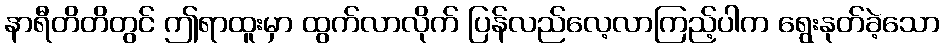
နာရီတိတိတွင် ဤရာထူးမှာ ထွက်လာလိုက် ပြန်လည်လေ့လာကြည့်ပါက ရွေးနုတ်ခဲ့သော